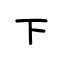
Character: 下